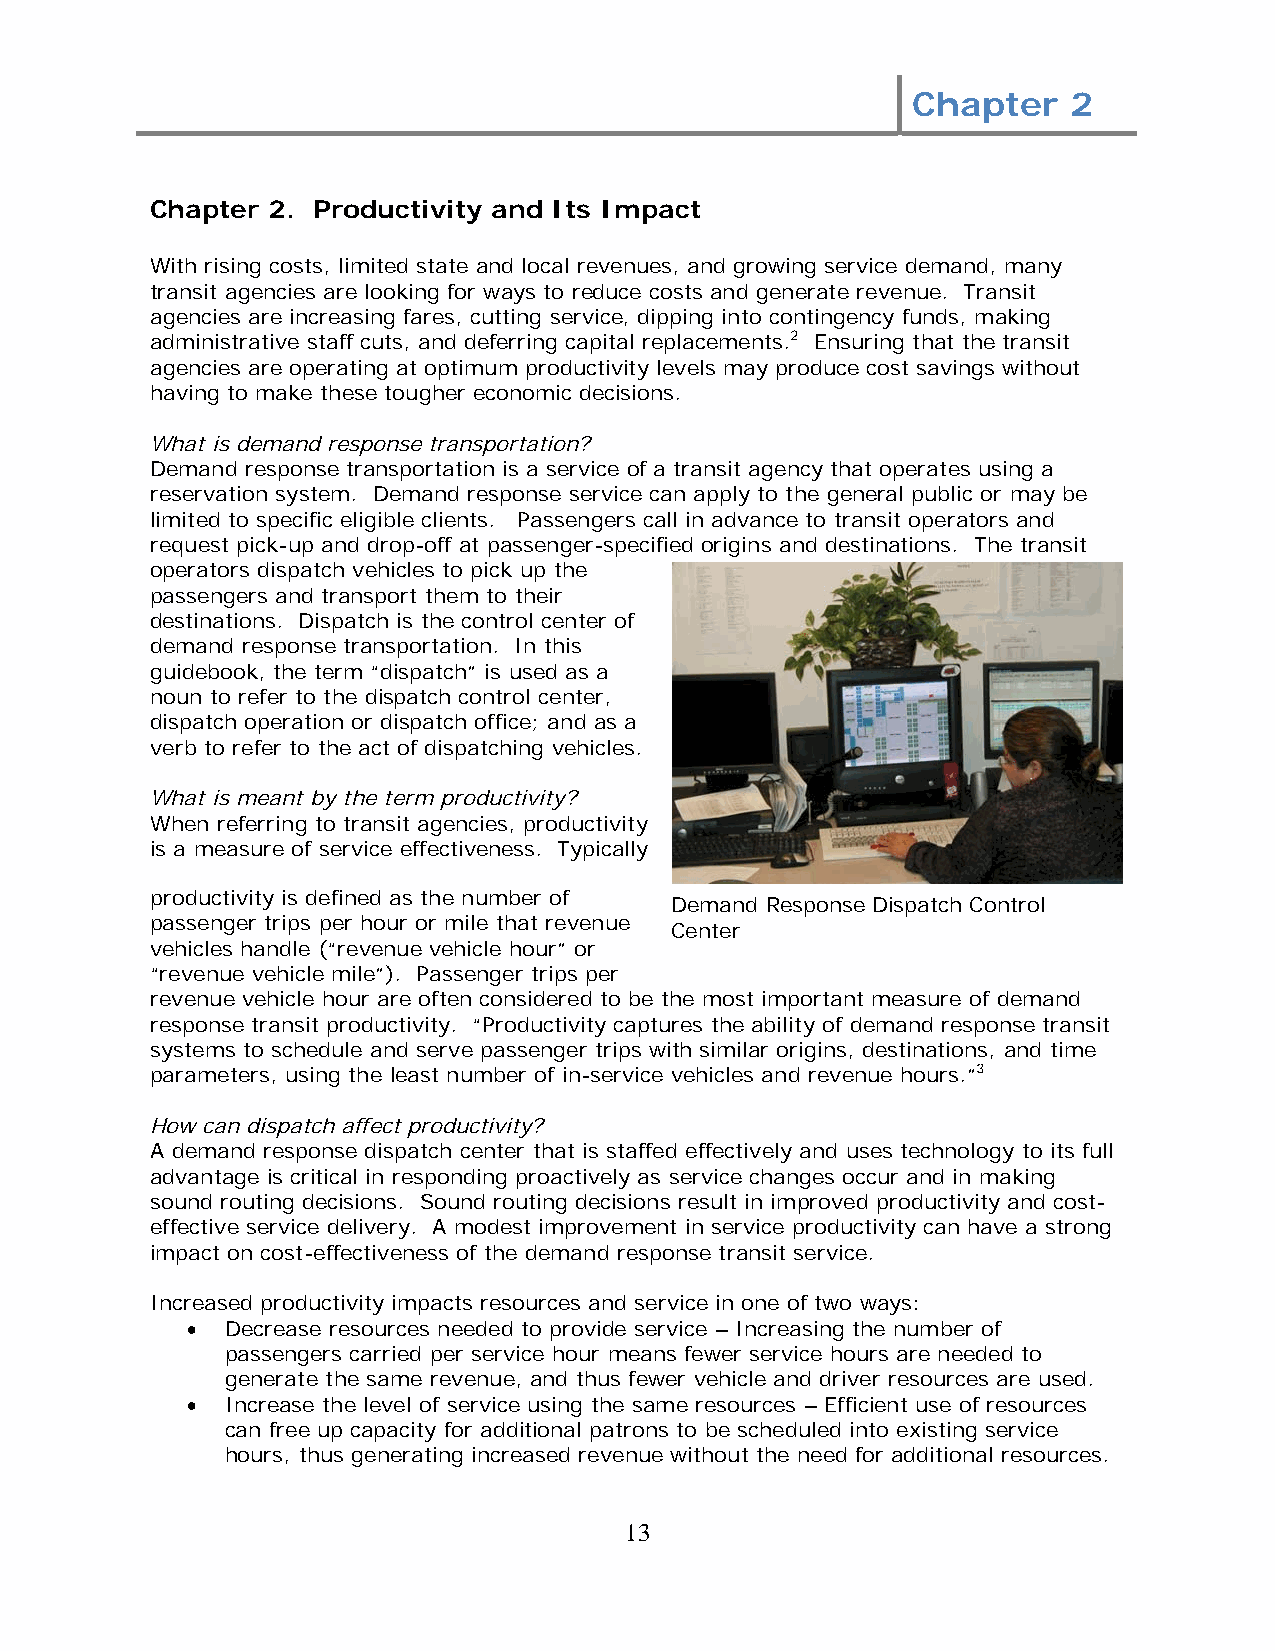
Chapter    2
 Chapter 2. Productivity and Its Impact
 With rising costs, limited state and local revenues, and growing service demand, many
 transit agencies are looking for ways to reduce costs and generate revenue. Transit
 agencies are increasing fares, cutting service, dipping into contingency funds, making
 administrative staff cuts, and deferring capital replacements.2 Ensuring that the transit
 agencies are operating at optimum productivity levels may produce cost savings without
 having to make these tougher economic decisions.
 What is demand response transportation?
 Demand response transportation is a service of a transit agency that operates using a
 reservation system. Demand response service can apply to the general public or may be
 limited to specific eligible clients. Passengers call in advance to transit operators and
 request pick-up and drop-off at passenger-specified origins and destinations. The transit
 operators dispatch vehicles to pick up the
 passengers and transport them to their
 destinations. Dispatch is the control center of
 demand response transportation. In this
 guidebook, the term “dispatch” is used as a
 noun to refer to the dispatch control center,
 dispatch operation or dispatch office; and as a
 verb to refer to the act of dispatching vehicles.
 What is meant by the term productivity?
 When referring to transit agencies, productivity
 is a measure of service effectiveness. Typically
 productivity is defined as the number of
 Demand Response Dispatch Control
 passenger trips per hour or mile that revenue
 Center
 vehicles handle (“revenue vehicle hour” or
 “revenue vehicle mile”). Passenger trips per
 revenue vehicle hour are often considered to be the most important measure of demand
 response transit productivity. “Productivity captures the ability of demand response transit
 systems to schedule and serve passenger trips with similar origins, destinations, and time
 parameters, using the least number of in-service vehicles and revenue hours.”3
 How can dispatch affect productivity?
 A demand response dispatch center that is staffed effectively and uses technology to its full
 advantage is critical in responding proactively as service changes occur and in making
 sound routing decisions. Sound routing decisions result in improved productivity and cost-
 effective service delivery. A modest improvement in service productivity can have a strong
 impact on cost-effectiveness of the demand response transit service.
 Increased productivity impacts resources and service in one of two ways:
 •  Decrease resources needed to provide service – Increasing the number of
 passengers carried per service hour means fewer service hours are needed to
 generate the same revenue, and thus fewer vehicle and driver resources are used.
 •  Increase the level of service using the same resources – Efficient use of resources
 can free up capacity for additional patrons to be scheduled into existing service
 hours, thus generating increased revenue without the need for additional resources.
 13